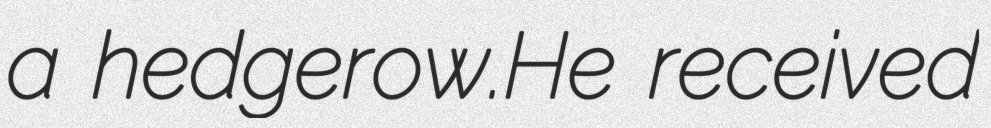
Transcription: a hedgerow.He received